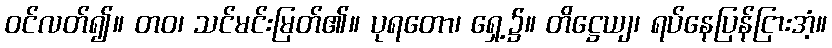
ဝင်လတ်၍။ တဝ၊ သင်မင်းမြတ်၏။ ပုရတော၊ ရှေ့၌။ တိဋ္ဌေယျ၊ ရပ်နေပြန်ငြားအံ့။